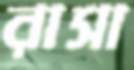
রাসা